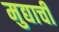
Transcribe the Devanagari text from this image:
मुद्याची